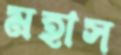
মহাস